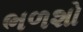
ભળશો